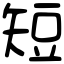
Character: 短